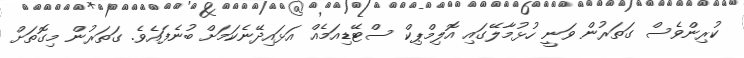
ކުރިންވެސް ގަތަރުން ވަނީ ހުޅުމާލޭގައި އޮލިމްޕިކް ސްޓޭޑިއަމެއް އަޅައިދޭނެކަމަށް ބުނެފައެވެ. ގަތަރުން މިގޮތަށް